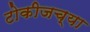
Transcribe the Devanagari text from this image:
टोकीजच्या